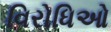
વિરોધિઓ